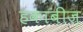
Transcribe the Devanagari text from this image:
हकाबीज़